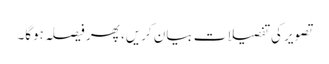
تصویر کی تفصیلات بیان کریں، پھر فیصلہ ہوگا۔